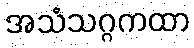
အသံသဂ္ဂကထာ